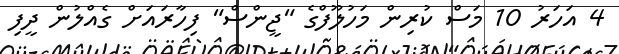
4 އަހަރު 10 މަސް ކުރިން މަހުލޫފްގެ "ޖީންސް" ފިހާރައަށް ގެއްލުން ދީފި